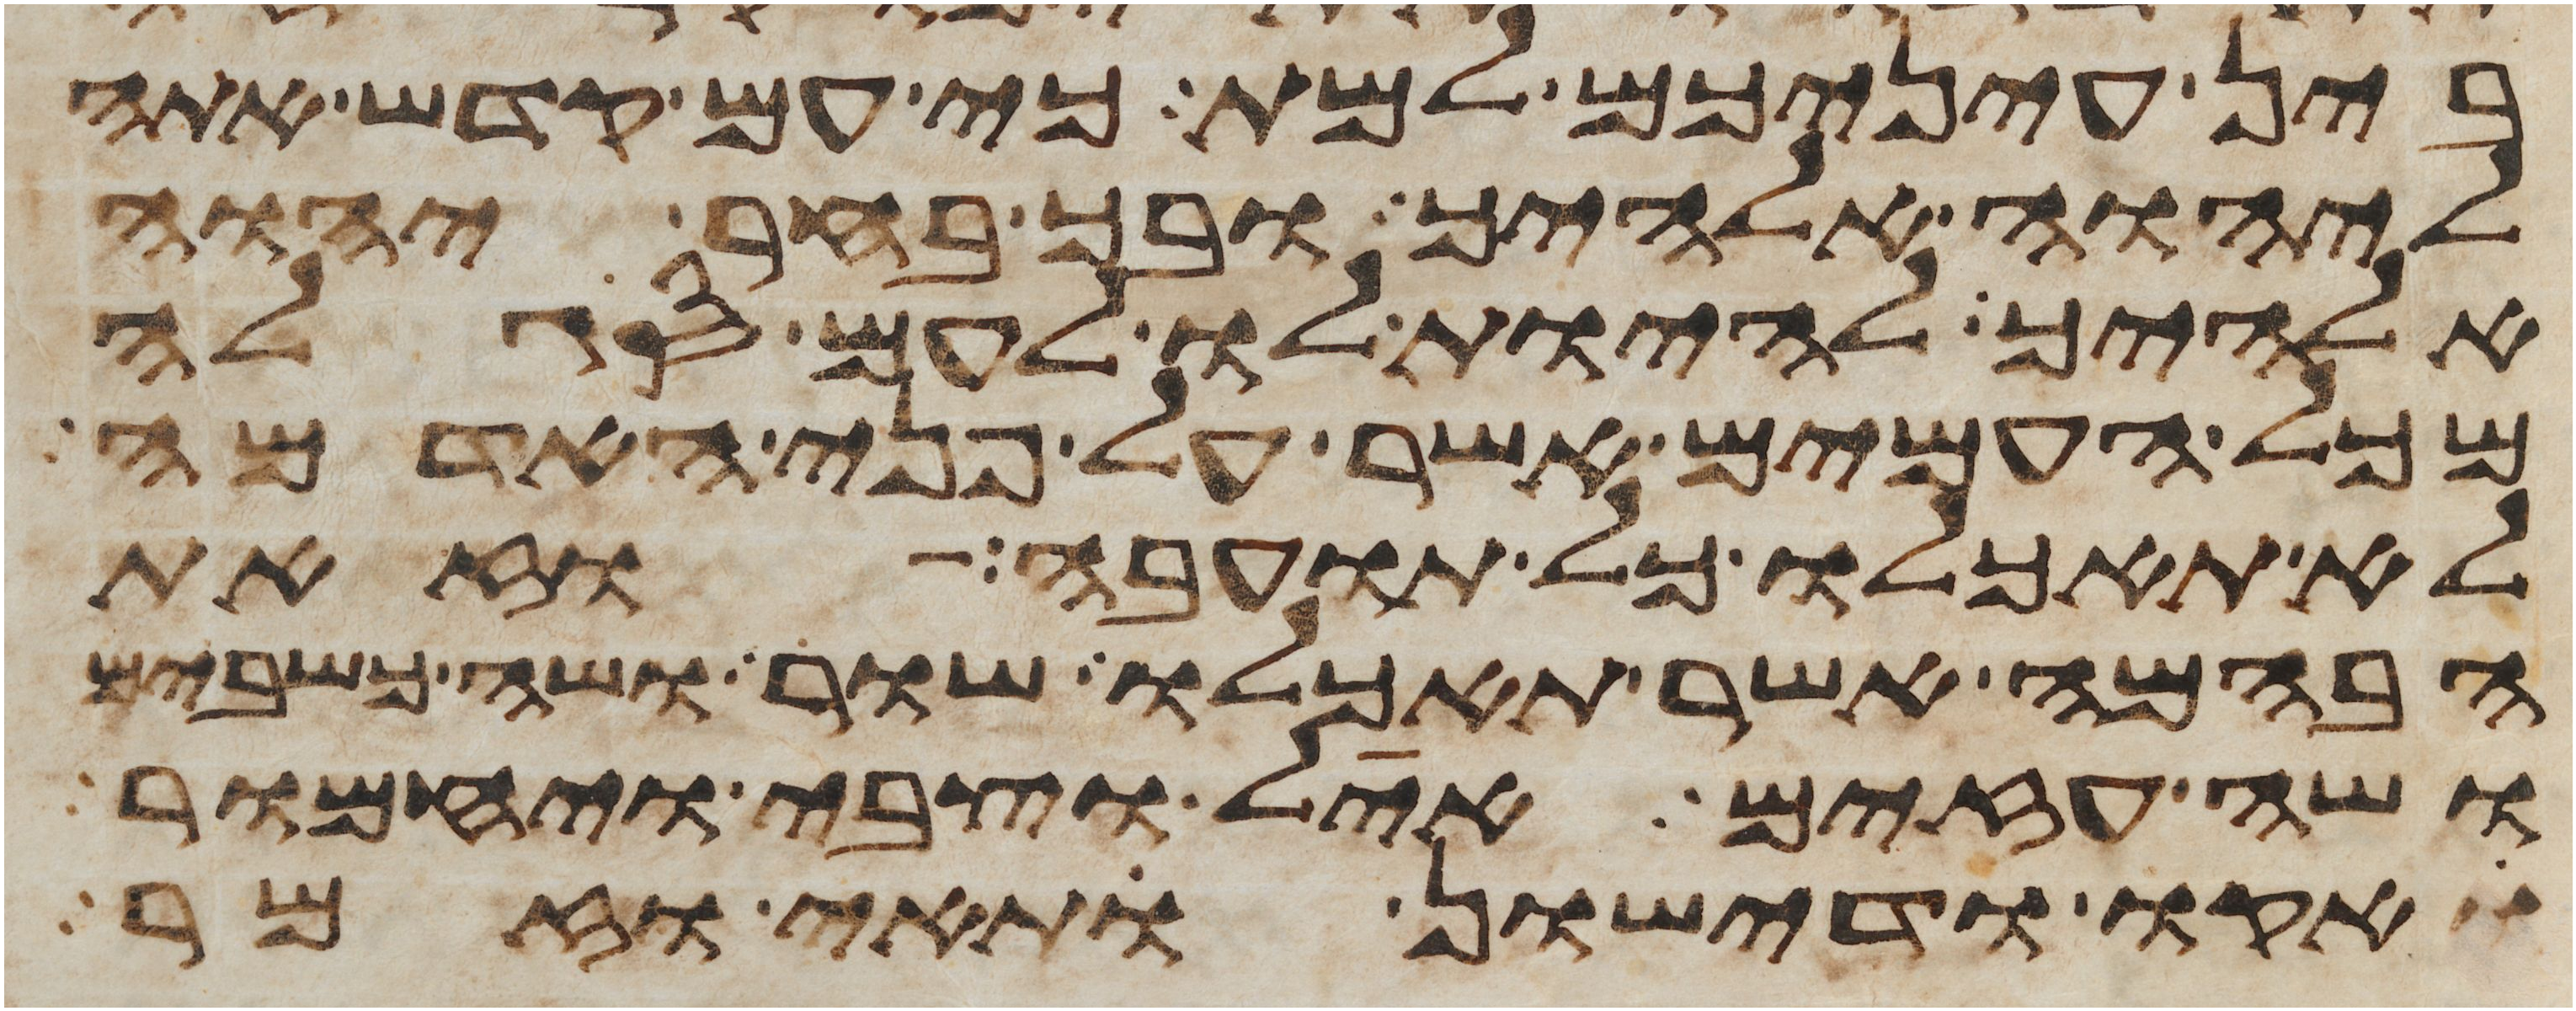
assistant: בין עיניכם למת כי עם קדש אתה
ליהוה אלהיך ובך בחר יהוה
אלהיך להיות לו לעם סגלה
מכל העמים אשר על פני האדמה
לא תאכלו כל תועבה וזאת
הבהמה אשר תאכלו שור ושה כשבים
ושה עזים איל וצבי ויחמור
אקו ודישון ותאי וזמר